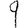
Digit: 9